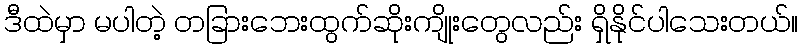
ဒီထဲမှာ မပါတဲ့ တခြားဘေးထွက်ဆိုးကျိုးတွေလည်း ရှိနိုင်ပါသေးတယ်။